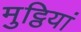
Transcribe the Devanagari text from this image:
मुट्ठियां